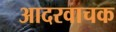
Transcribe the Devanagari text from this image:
आदरवाचक